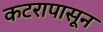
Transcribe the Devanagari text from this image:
कटरापासून